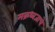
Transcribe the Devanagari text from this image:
मक्रध्वजाचे